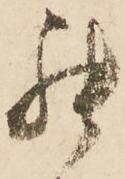
罷